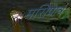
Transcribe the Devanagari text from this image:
मसिपात्र